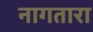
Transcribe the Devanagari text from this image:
नागतारा